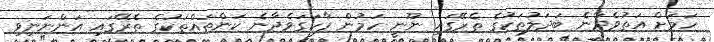
ހަމަށް އަތުވެދާނެ ބަދަލުތަކުގެ ތެރޭގައި ނޫނީ ހަމުން ފާހަގަވެދާނެ ކަންތައްތަކުގެ ތެރޭގައި އަންނަނިވި